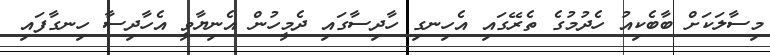
މިސާލަކަށް ބާބެކިއު ހެދުމުގެ ތެރޭގައި އެހިނގި ހާދިސާގައި ދެމީހުން އެނިޔާވީ އެހާދިސާ ހިނގާފައި